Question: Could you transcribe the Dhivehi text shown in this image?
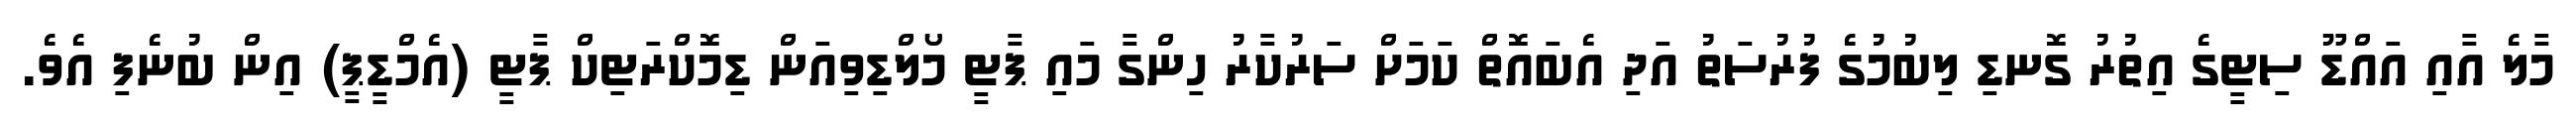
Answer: މާލެ އާއި އައްޑޫ ސިޓީގެ އިތުރު ގޮނޑި ލިބުމުގެ ފުރުސަތު އަދި އެބައޮތް ކަމަށް ސަރުކާރު ހިންގާ މައި ޕާޓީ މޯލްޑިވިއަން ޑިމޮކްރަޓިކް ޕާޓީ (އެމްޑީޕީ) އިން ބުނެފި އެވެ.